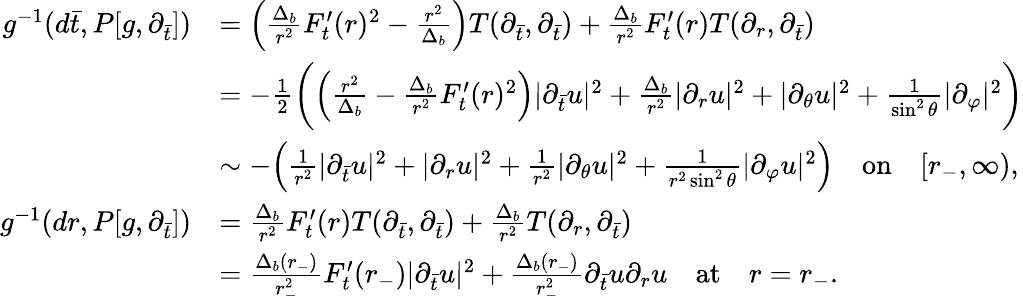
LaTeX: \begin{array}{rl}{g^{-1}(d\bar{t},P[g,\partial_{\bar{t}}])}&{=\Big(\frac{\Delta_{b}}{r^{2}}F_{t}^{\prime}(r)^{2}-\frac{r^{2}}{\Delta_{b}}\Big)T(\partial_{\bar{t}},\partial_{\bar{t}})+\frac{\Delta_{b}}{r^{2}}F_{t}^{\prime}(r)T(\partial_{r},\partial_{\bar{t}})}\\ &{=-\frac 12\bigg(\Big(\frac{r^{2}}{\Delta_{b}}-\frac{\Delta_{b}}{r^{2}}F_{t}^{\prime}(r)^{2}\Big)\lvert\partial_{\bar{t}}u\rvert^{2}+\frac{\Delta_{b}}{r^{2}}\lvert\partial_{r}u\rvert^{2}+\vert\partial_{\theta}u\vert^{2}+\frac{1}{\sin^{2}\theta}\vert\partial_{\varphi}\vert^{2}\bigg)}\\ &{\sim-\Big(\frac{1}{r^{2}}\lvert\partial_{\bar{t}}u\rvert^{2}+\lvert\partial_{r}u\rvert^{2}+\frac{1}{r^{2}}\vert\partial_{\theta}u\vert^{2}+\frac{1}{r^{2}\sin^{2}\theta}\vert\partial_{\varphi}u\vert^{2}\Big)\quad\mathrm{on}\quad[r_{-},\infty),}\\ {g^{-1}(dr,P[g,\partial_{\bar{t}}])}&{=\frac{\Delta_{b}}{r^{2}}F_{t}^{\prime}(r)T(\partial_{\bar{t}},\partial_{\bar{t}})+\frac{\Delta_{b}}{r^{2}}T(\partial_{r},\partial_{\bar{t}})}\\ &{=\frac{\Delta_{b}(r_{-})}{r_{-}^{2}}F_{t}^{\prime}(r_{-})\lvert\partial_{\bar{t}}u\rvert^{2}+\frac{\Delta_{b}(r_{-})}{r_{-}^{2}}\partial_{\bar{t}}u\partial_{r}u\quad\mathrm{at}\quad r=r_{-}.}\end{array}